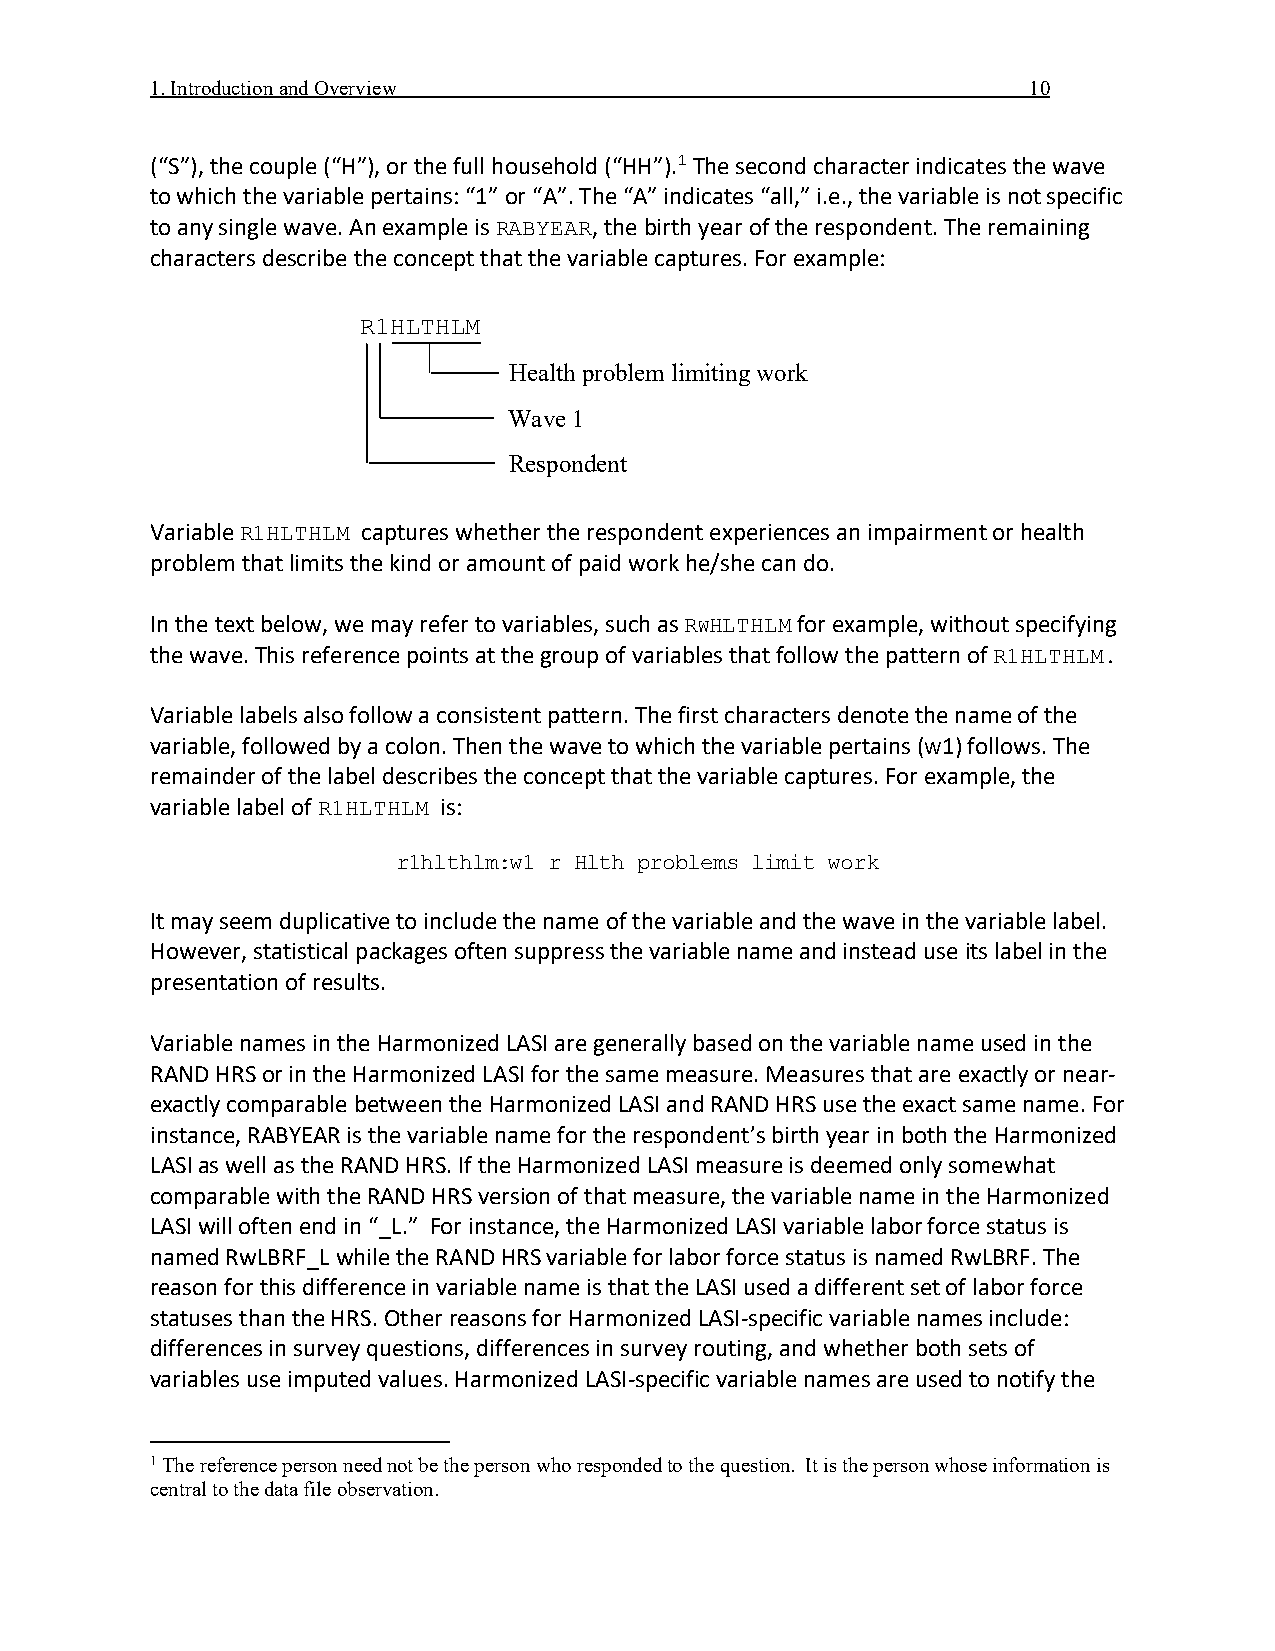
1. Introduction and Overview                              10
 (“S”), the couple (“H”), or the full household (“HH”).1 The second character indicates the wave
 to which the variable pertains: “1” or “A”. The “A” indicates “all,” i.e., the variable is not specific
 to any single wave. An example is , the birth year of the respondent. The remaining
 RABYEAR
 characters describe the concept that the variable captures. For example:
 R1HLTHLM
 Health problem limiting work
 Wave 1
 Respondent
 Variable      captures whether the respondent experiences an impairment or health
 R1HLTHLM
 problem that limits the kind or amount of paid work he/she can do.
 In the text below, we may refer to variables, such as for example, without specifying
 RWHLTHLM
 the wave. This reference points at the group of variables that follow the pattern of
 R1HLTHLM.
 Variable labels also follow a consistent pattern. The first characters denote the name of the
 variable, followed by a colon. Then the wave to which the variable pertains (W1) follows. The
 remainder of the label describes the concept that the variable captures. For example, the
 variable label of  is:
 R1HLTHLM
 r1hlthlm:w1 r Hlth problems limit work
 It may seem duplicative to include the name of the variable and the wave in the variable label.
 However, statistical packages often suppress the variable name and instead use its label in the
 presentation of results.
 Variable names in the Harmonized LASI are generally based on the variable name used in the
 RAND HRS or in the Harmonized LASI for the same measure. Measures that are exactly or near-
 exactly comparable between the Harmonized LASI and RAND HRS use the exact same name. For
 instance, RABYEAR is the variable name for the respondent’s birth year in both the Harmonized
 LASI as well as the RAND HRS. If the Harmonized LASI measure is deemed only somewhat
 comparable with the RAND HRS version of that measure, the variable name in the Harmonized
 LASI will often end in “_L.” For instance, the Harmonized LASI variable labor force status is
 named RwLBRF_L while the RAND HRS variable for labor force status is named RwLBRF. The
 reason for this difference in variable name is that the LASI used a different set of labor force
 statuses than the HRS. Other reasons for Harmonized LASI-specific variable names include:
 differences in survey questions, differences in survey routing, and whether both sets of
 variables use imputed values. Harmonized LASI-specific variable names are used to notify the
 1 The reference person need not be the person who responded to the question. It is the person whose information is
 central to the data file observation.